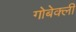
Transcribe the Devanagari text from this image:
गोबेक्ली